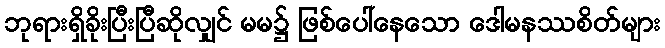
ဘုရားရှိခိုးပြီးပြီဆိုလျှင် မမ၌ ဖြစ်ပေါ်နေသော ဒေါမနဿစိတ်များ